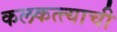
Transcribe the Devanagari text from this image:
कलकत्त्याची